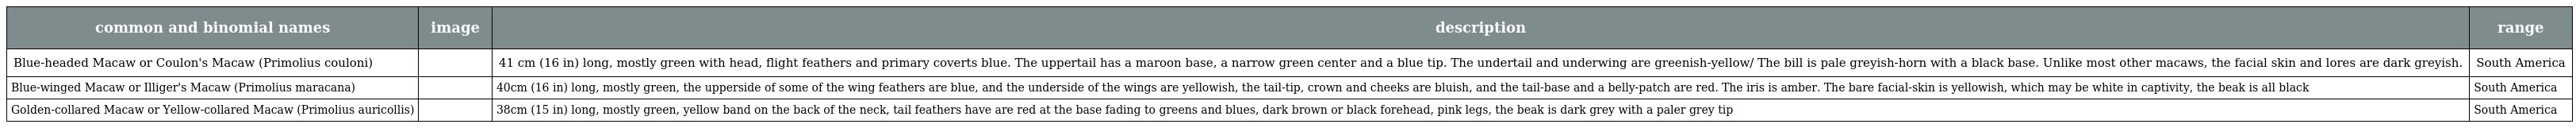
| common and binomial names | image | description | range |
 | --- | --- | --- | --- |
 | Blue-headed Macaw or Coulon's Macaw (Primolius couloni) |  | 41 cm (16 in) long, mostly green with head, flight feathers and primary coverts blue. The uppertail has a maroon base, a narrow green center and a blue tip. The undertail and underwing are greenish-yellow/ The bill is pale greyish-horn with a black base. Unlike most other macaws, the facial skin and lores are dark greyish. | South America |
 | Blue-winged Macaw or Illiger's Macaw (Primolius maracana) |  | 40cm (16 in) long, mostly green, the upperside of some of the wing feathers are blue, and the underside of the wings are yellowish, the tail-tip, crown and cheeks are bluish, and the tail-base and a belly-patch are red. The iris is amber. The bare facial-skin is yellowish, which may be white in captivity, the beak is all black | South America |
 | Golden-collared Macaw or Yellow-collared Macaw (Primolius auricollis) |  | 38cm (15 in) long, mostly green, yellow band on the back of the neck, tail feathers have are red at the base fading to greens and blues, dark brown or black forehead, pink legs, the beak is dark grey with a paler grey tip | South America |